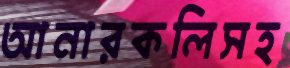
আনারকলিসহ